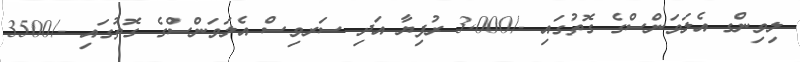
ލިވިންގ އެލަވަންސްގެ ގޮތުގައި -/3